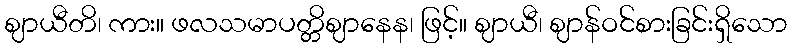
ဈာယီတိ၊ ကား။ ဖလသမာပတ္တိဈာနေန၊ ဖြင့်။ ဈာယီ၊ ဈာန်ဝင်စားခြင်းရှိသော